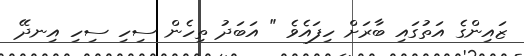
ޒައިންގެ އަތުގައި ބާރަށް ހިފައެވެ " އަބަދު ތިހެން ސިހި ސިހި އިނދޭ